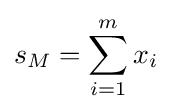
s_{M}=\sum _{i=1}^{m}x_{i}